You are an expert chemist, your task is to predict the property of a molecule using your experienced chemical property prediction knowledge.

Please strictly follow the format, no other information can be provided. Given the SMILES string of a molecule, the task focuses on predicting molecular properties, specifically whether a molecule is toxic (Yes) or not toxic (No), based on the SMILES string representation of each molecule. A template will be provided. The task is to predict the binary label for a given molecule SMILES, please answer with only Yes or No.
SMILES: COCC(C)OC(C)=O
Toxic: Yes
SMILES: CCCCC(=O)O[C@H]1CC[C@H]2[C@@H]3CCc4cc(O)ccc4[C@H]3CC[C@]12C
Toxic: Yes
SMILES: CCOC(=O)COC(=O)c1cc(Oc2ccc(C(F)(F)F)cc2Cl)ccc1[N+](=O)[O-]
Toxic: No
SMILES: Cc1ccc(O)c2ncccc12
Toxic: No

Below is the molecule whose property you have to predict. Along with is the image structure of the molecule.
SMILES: CC1(C)S[C@@H]2[C@H](NC(=O)C(C(=O)[O-])c3ccccc3)C(=O)N2[C@H]1C(=O)[O-]
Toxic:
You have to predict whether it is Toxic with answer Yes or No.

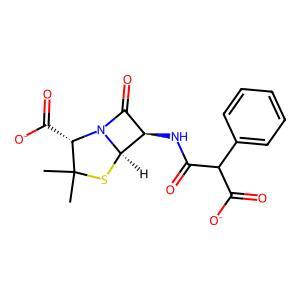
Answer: No